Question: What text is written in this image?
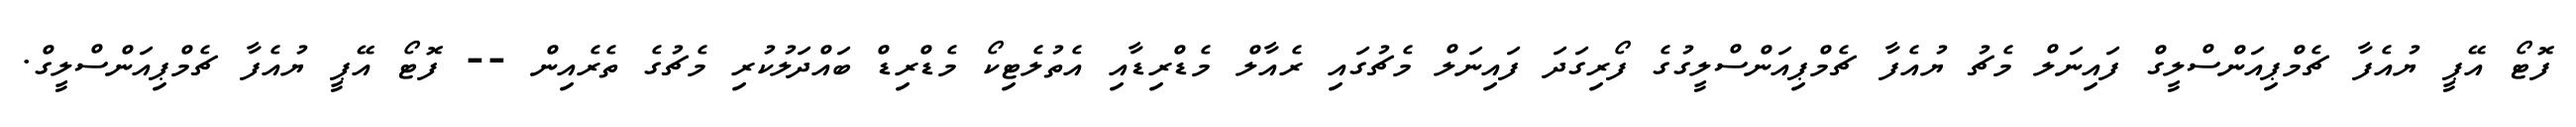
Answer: ފޮޓޯ އޭޕީ ޔުއެފާ ޗެމްޕިއަންސްލީގް ފައިނަލް މެޗު ޔުއެފާ ޗެމްޕިއަންސްލީގުގެ ފޯރިގަދަ ފައިނަލް މެޗުގައި ރެއާލް މެޑްރިޑާއި އެތުލެޓިކޯ މެޑްރިޑް ބައްދަލުކުރި މެޗުގެ ތެރެއިން -- ފޮޓޯ އޭޕީ ޔުއެފާ ޗެމްޕިއަންސްލީގް.